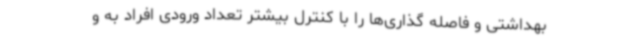
بهداشتی و فاصله گذاری‌ها را با کنترل بیشتر تعداد ورودی افراد به و